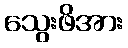
သွေးဖိအား